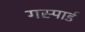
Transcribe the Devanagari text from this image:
गस्पार्ड